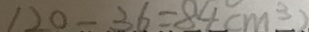
1 2 0 - 3 6 = 8 4 ( m ^ { 3 } )